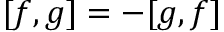
[ f , g ] = - [ g , f ]